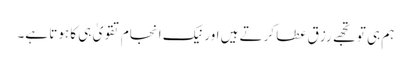
ہم ہی تو تجھے رزق عطا کرتے ہیں اور نیک انجام تقویٰ ہی کا ہوتا ہے۔